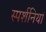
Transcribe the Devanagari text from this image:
स्पर्शनियां